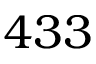
4 3 3